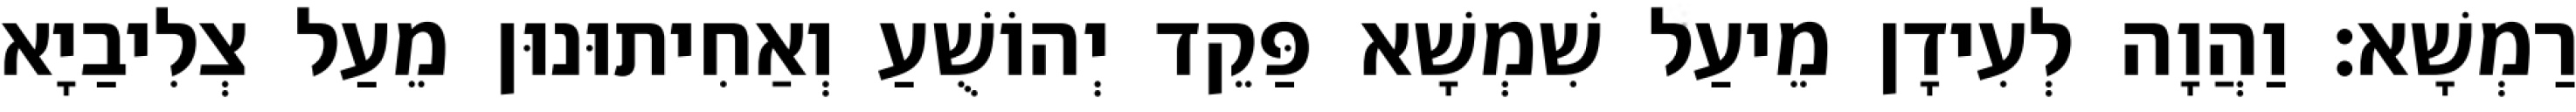
רַמְשָׁא׃ וַהֲוָה לְעִידָן מֵיעַל שִׁמְשָׁא פַּקֵד יְהוֹשֻׁעַ וְאַחִיתוּנוּן מֵעַל צְלִיבַיָא